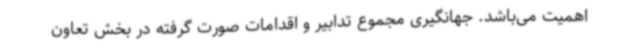
اهمیت می‌باشد. جهانگیری مجموع تدابیر و اقدامات صورت گرفته در بخش تعاون